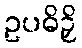
ဥပဓိဉှိ